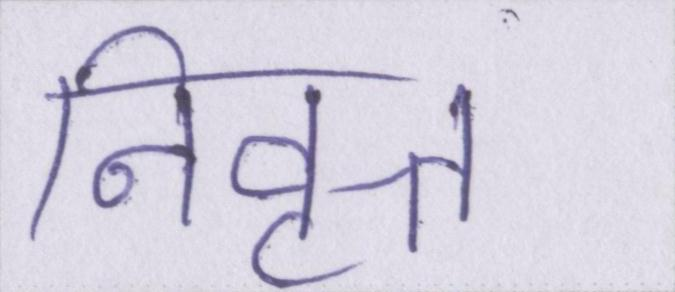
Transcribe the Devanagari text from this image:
निवृत्त